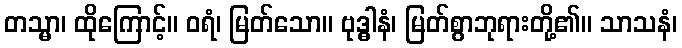
တသ္မာ၊ ထိုကြောင့်။ ဝရံ၊ မြတ်သော။ ဗုဒ္ဓါနံ၊ မြတ်စွာဘုရားတို့၏။ သာသနံ၊